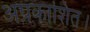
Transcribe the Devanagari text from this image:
अप्रकाशित।